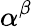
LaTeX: \alpha^{\beta}